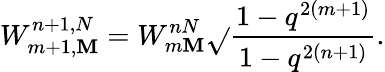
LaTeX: W_{m+1,\mathbf{M}}^{n+1,N}=W_{m\mathbf{M}}^{nN}\sqrt{}{{\frac{{1-q^{2(m+1)}}}{{1-q^{2(n+1)}}}}}.